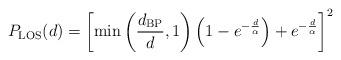
LaTeX: \begin{align*}P_{\rm LOS}(d) = \left[\min \left(\frac{d_{\rm BP}}{d},1 \right)\left( 1- e^{-\frac{d}{\alpha}} \right)+e^{-\frac{d}{\alpha}}\right]^2\end{align*}